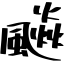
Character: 飈